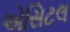
એસિટલ